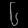
Digit: ၆